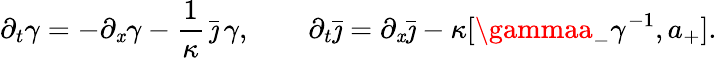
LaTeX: \partial_{t}\gamma=-\partial_{\mathit{x}}\gamma-\frac{{1}}{{\kappa}}\, \bar{{\jmath}}\, \gamma,\qquad\partial_{t}\bar{{\jmath}}=\partial_{\mathit{x}}\bar{{\jmath}}-\kappa[\gammaa_{-}\gamma^{-1},a_{+}].